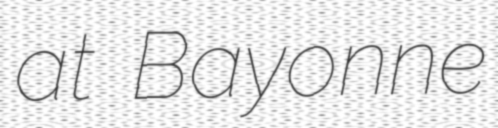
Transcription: at Bayonne